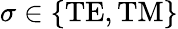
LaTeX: \sigma\in\{ \mathrm{TE},\mathrm{TM}\}